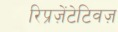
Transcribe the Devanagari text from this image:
रिप्रज़ेंटेटिवज़